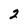
Character: 2